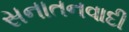
સનાતનવાદી